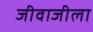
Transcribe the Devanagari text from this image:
जीवाजीला